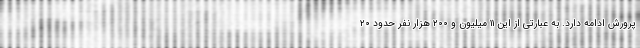
پرورش ادامه دارد. به عبارتی از این ۱۱ میلیون و ۲۰۰ هزار نفر حدود ۲۰